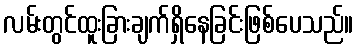
လမ်းတွင်ထူးခြားချက်ရှိနေခြင်းဖြစ်ပေသည်။